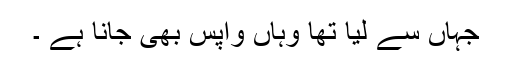
جہاں سے لیا تھا وہاں واپس بھی جانا ہے ۔